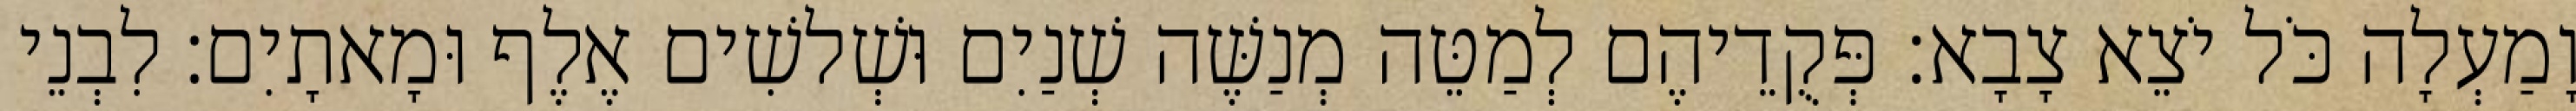
וָמַעְלָה כֹּל יֹצֵא צָבָא׃ פְּקֻדֵיהֶם לְמַטֵּה מְנַשֶּׁה שְׁנַיִם וּשְׁלשִׁים אֶלֶף וּמָאתָיִם׃ לִבְנֵי